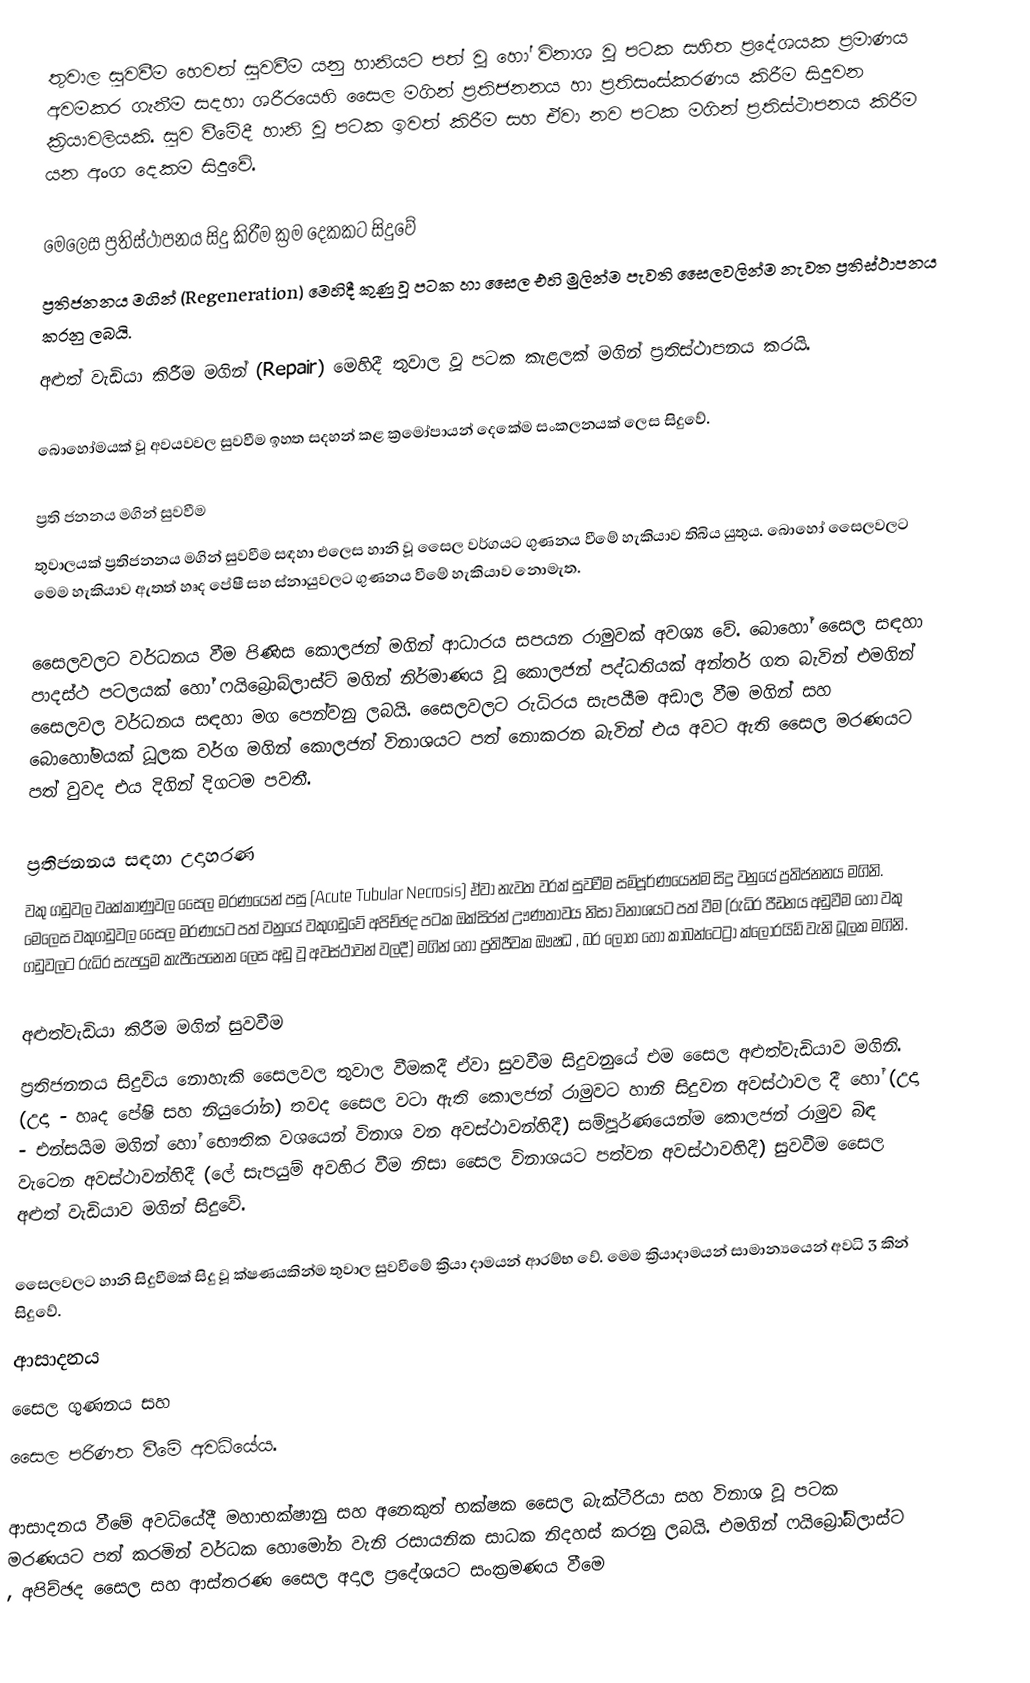
තුවාල සුවවීම හෙවත් සුවවීම යනු හානියට පත් වූ හෝ විනාශ වූ පටක සහිත ප්‍රදේශයක ප්‍රමාණය අවමකර ගැනීම සදහා ශරීරයෙහි සෛල මගින් ප්‍රතිජනනය හා ප්‍රතිසංස්කරණය කිරීම සිදුවන ක්‍රියාවලියකි. සුව වීමේදී හානි වූ පටක ඉවත් කිරීම සහ ඒවා නව පටක මගින් ප්‍රතිස්ථාපනය කිරීම යන අංග දෙකම සිදුවේ.

මෙලෙස ප්‍රතිස්ථාපනය සිදු කිරීම ක්‍රම දෙකකට සිදුවේ
ප්‍රතිජනනය මගින් (Regeneration) මෙහිදී කුණු වූ පටක හා සෛල එහි මුලින්ම පැවති සෛලවලින්ම නැවත ප්‍රතිස්ථාපනය කරනු ලබයි.
අළුත් වැඩියා කිරීම මගින් (Repair) මෙහිදී තුවාල වූ පටක කැළලක් මගින් ප්‍රතිස්ථාපනය කරයි.

බොහෝමයක් වූ අවයවවල සුවවීම ඉහත සදහන් කළ ක්‍රමෝපායන් දෙකේම සංකලනයක් ලෙස සිදුවේ.

ප්‍රති ජනනය මගින් සුවවීම
තුවාලයක් ප්‍රතිජනනය මගින් සුවවීම සඳහා එලෙස හානි වූ සෛල වර්ගයට ගුණනය  වීමේ හැකියාව තිබිය යුතුය. බොහෝ සෛලවලට මෙම හැකියාව ඇතත් හෘද පේෂී සහ ස්නායුවලට ගුණනය වීමේ හැකියාව නොමැත.

සෛලවලට වර්ධනය වීම පිණිස කොලජන් මගින් ආධාරය සපයන රාමුවක් අවශ්‍ය වේ. බොහෝ සෛල සඳහා පාදස්ථ පටලයක් හෝ ෆයිබ්‍රොබ්ලාස්ට් මගින් නිර්මාණය වූ කොලජන් පද්ධතියක් අන්තර් ගත බැවින් එමගින් සෛලවල වර්ධනය සඳහා මග පෙන්වනු ලබයි. සෛලවලට රුධිරය සැපයීම අඩාල වීම මගින් සහ බොහෝමයක් ධූලක වර්ග මගින් කොලජන් විනාශයට පත් නොකරන බැවින් එය අවට ඇති සෛල මරණයට පත් වුවද එය දිගින් දිගටම පවතී.

ප්‍රතිජනනය සඳහා උදාහරණ
වකු ගඩුවල වෘක්කාණුවල සෛල මරණයෙන් පසු (Acute Tubular Necrosis) ඒවා නැවත වරක් සුවවීම සම්පූර්ණයෙන්ම සිදු වනුයේ ප්‍රතිජනනය මගිනි. මෙලෙස වකුගඩුවල සෛල මරණයට පත් වනුයේ වකුගඩුවේ  අපිච්ඡද පටක ඔක්සිජන් ඌණතාවය නිසා විනාශයට පත් වීම (රුධිර පීඩනය අඩුවීම හෝ වකු ගඩුවලට රුධිර සැපයුම කැපීපෙනෙන ලෙස අඩු වූ අවස්ථාවන් වලදී) මගින් හෝ ප්‍රතිජීවක ඖෂධ , බර ලෝහ හෝ කාබන්ටෙට්‍රා ක්ලෝරයිඩ් වැනි ධූලක මගිනි.

අළුත්වැඩියා කිරීම මගින් සුවවීම
ප්‍රතිජනනය සිදුවිය නොහැකි සෛලවල තුව‍ාල වීමකදී ඒවා සුවවීම සිදුවනුයේ එම සෛල අළුත්වැඩියාව මගිනි. (උදා - හෘද පේෂි සහ නියුරෝන) තවද සෛල වටා ඇති කොලජන් රාමුවට හානි සිදුවන අවස්ථාවල දී හෝ (උදා - එන්සයිම මගින් හෝ භෞතික වශයෙන් විනාශ වන අවස්ථාවන්හිදී) සම්පූර්ණයෙන්ම කොලජන් රාමුව බිඳ වැටෙන අවස්ථාවන්හිදී (ලේ සැපයුම් අවහිර වීම නිසා‍ සෛල විනාශයට පත්වන අවස්ථාවහිදී) සුවවීම සෛල අළුත් වැඩියාව මගින් සිදුවේ.

සෛලවලට හානි සිදුවීමක් සිදු වූ ක්ෂණයකින්ම තුවාල සුවවීමේ ක්‍රියා දාමයන් ආරම්භ වේ. මෙම ක්‍රියාදාමයන් සාමාන්‍යයෙන් අවධි 3 කින් සිදුවේ.
 ආසාදනය
 සෛල ගුණනය සහ
 සෛල පරිණත වීමේ අවධියේය.

ආසාදනය වීමේ අවධියේදී මහාභක්ෂානු සහ අනෙකුත් භක්ෂක සෛල බැක්ටීරියා සහ විනාශ වූ පටක මරණයට පත් කරමින් වර්ධක හොමෝන වැනි රසායනික සාධක නිදහස් කරනු ලබයි. එමගින් ෆයිබ්‍රෝබ්ලාස්ට , අපිච්ඡද සෛල සහ ආස්තරණ සෛල  අදාල ප්‍රදේශයට සංක්‍රමණය වීමෙ